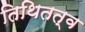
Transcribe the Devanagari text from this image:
तिथितत्व